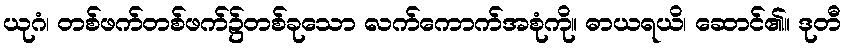
ယုဂံ၊ တစ်ဖက်တစ်ဖက်၌တစ်ခုသော လက်ကောက်အစုံကို။ ဓာယရယိ၊ ဆောင်၏။ ဒုတီ